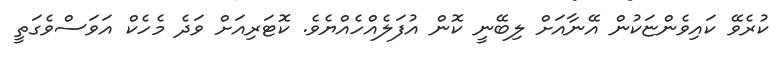
ކުރެވޭ ކައިވެންޏަކުން އޭނާއަށް ލިބޭނީ ކޮން އުފަލެއްހެއްޔެވެ. ކޮޓަރިއަށް ވަދެ މެހެކް އަވަސްވެގަތީ